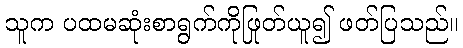
သူက ပထမဆုံးစာရွက်ကိုဖြုတ်ယူ၍ ဖတ်ပြသည်။